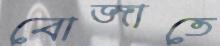
বোজাতে